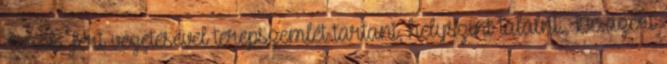
Török Feri vezetésével terepszemlét tartani, helyszínt találni. De azért